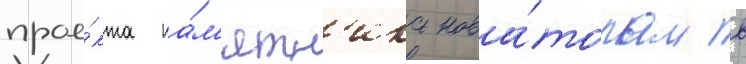
прое́кта па́м'ятн'ика нова́торам в